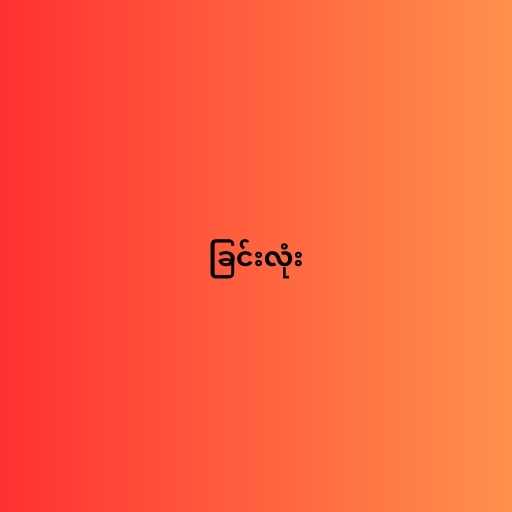
ခြင်းလုံး